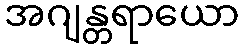
အဂျန္တရာယော